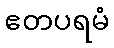
ဧတပရမံ